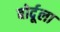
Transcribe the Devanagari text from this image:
बोर्दूला